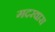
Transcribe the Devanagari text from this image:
गदरवारा